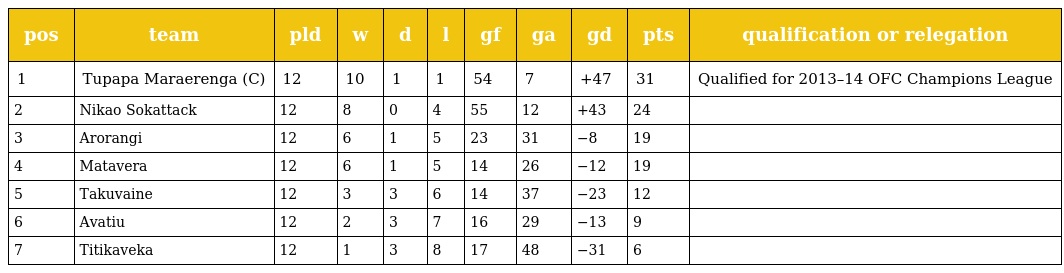
| pos | team | pld | w | d | l | gf | ga | gd | pts | qualification or relegation |
 | --- | --- | --- | --- | --- | --- | --- | --- | --- | --- | --- |
 | 1 | Tupapa Maraerenga (C) | 12 | 10 | 1 | 1 | 54 | 7 | +47 | 31 | Qualified for 2013–14 OFC Champions League |
 | 2 | Nikao Sokattack | 12 | 8 | 0 | 4 | 55 | 12 | +43 | 24 |  |
 | 3 | Arorangi | 12 | 6 | 1 | 5 | 23 | 31 | −8 | 19 |  |
 | 4 | Matavera | 12 | 6 | 1 | 5 | 14 | 26 | −12 | 19 |  |
 | 5 | Takuvaine | 12 | 3 | 3 | 6 | 14 | 37 | −23 | 12 |  |
 | 6 | Avatiu | 12 | 2 | 3 | 7 | 16 | 29 | −13 | 9 |  |
 | 7 | Titikaveka | 12 | 1 | 3 | 8 | 17 | 48 | −31 | 6 |  |